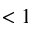
< 1